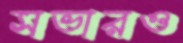
সভারও